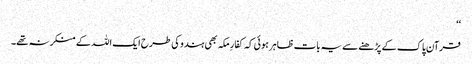
‘‘
قرآن پاک کے پڑھنے سے یہ بات ظاہر ہوئی کہ کفارِ مکہ بھی ہندو کی طرح ایک اللہ کے منکر نہ تھے۔